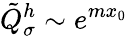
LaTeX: \tilde{Q}_{\sigma}^{h}\sim e^{mx_{0}}